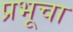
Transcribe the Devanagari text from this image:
प्रभूचा